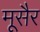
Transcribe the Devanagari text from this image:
मूसैर